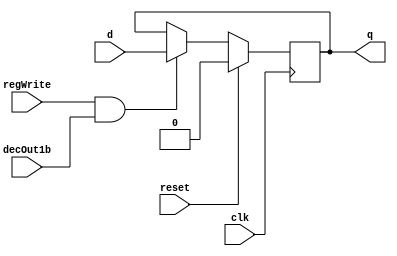
module D_ff_pos(input clk, input reset, input regWrite, input decOut1b, input d, output reg q);
	always @ (posedge clk)
	begin
	if(reset==1)
		q=0;
	else
		if(regWrite == 1 && decOut1b==1) begin q=d; end
	end
endmodule